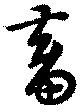
畜